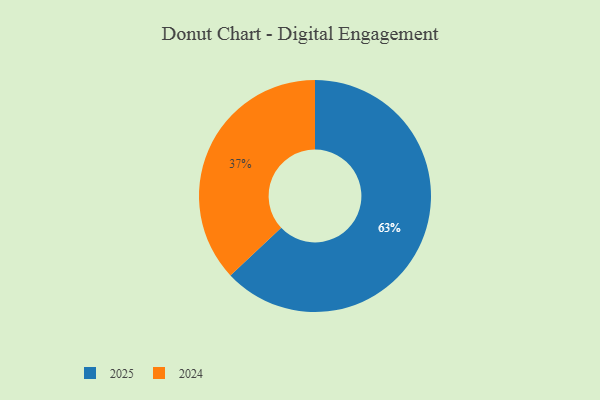
{"axis": {"x": "Category", "y": "Percentage"}, "legend": ["2024", "2025"], "data": [{"x": "2025", "y": 63, "type": "2025"}, {"x": "2024", "y": 37, "type": "2024"}]}